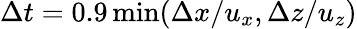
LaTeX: \Delta t=0.9\operatorname*{min}(\Delta x/u_{x},\Delta z/u_{z})